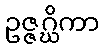
ဥဇ္ဇဂ္ဃိကာ